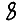
Digit: 8